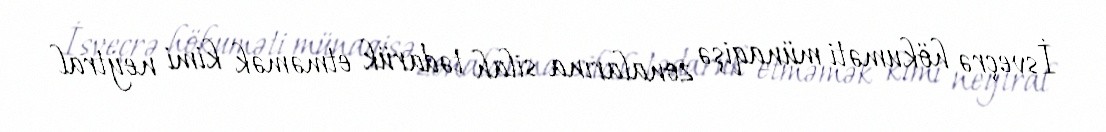
İsveçrə hökuməti münaqişə zonalarına silah tədarük etməmək kimi neytral